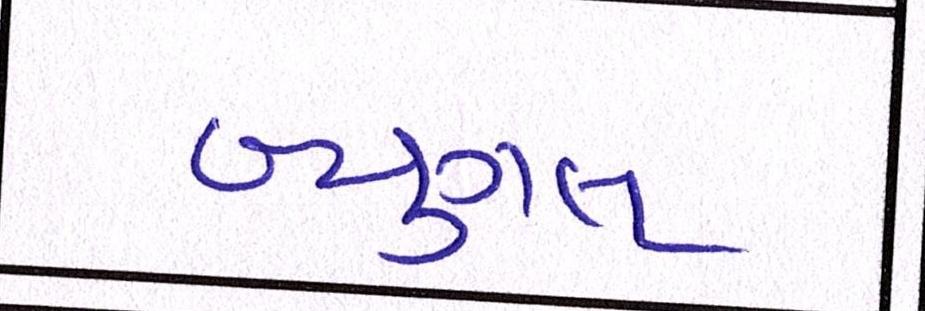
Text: બ્યુગલ